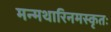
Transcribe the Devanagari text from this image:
मन्मथारिनमस्कृतः